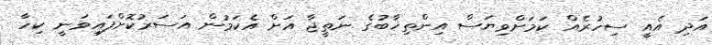
އަދި އެއީ ސިހުރެއް ކަމަށްވިޔަސް އިންތިޚާބުގެ ނަތީޖާ އަށް އެކަމުން އަސަރުކޮށްފައިވަނީ ކިހާ